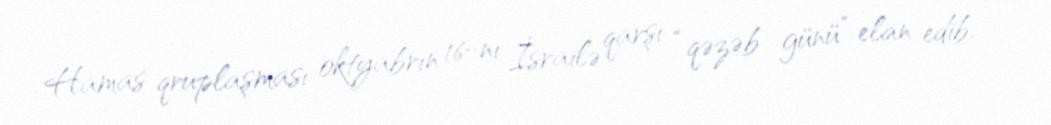
Hamas qruplaşması oktyabrın 16-nı İsrailə qarşı “qəzəb günü” elan edib.